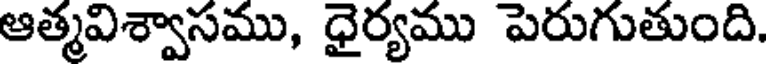
ఆత్మవిశ్వాసము, ధైర్యము పెరుగుతుంది.